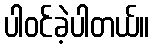
ပါဝင်ခဲ့ပါတယ်။